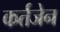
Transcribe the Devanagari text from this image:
कर्तजेन